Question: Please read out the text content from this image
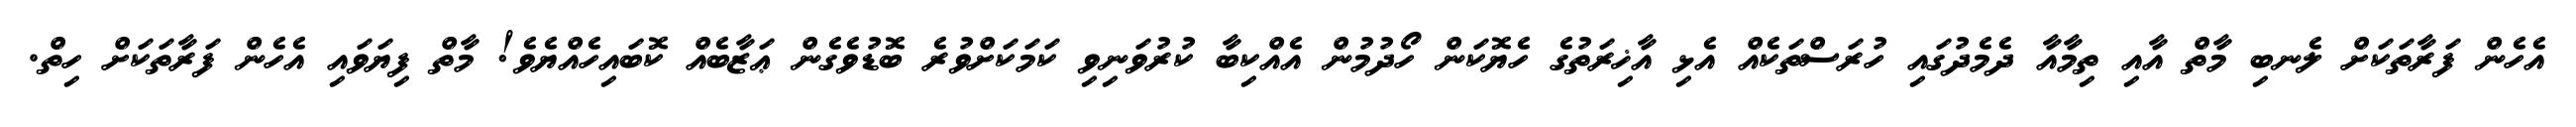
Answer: އެހެން ފަރާތަކަށް ލެނބި މާތް އާއި ތިމާއާ ދެމެދުގައި ހުރަސްތަކެއް އެޅި އާޚިރަތުގެ ހެޔޮކަން ހޯދުމުން އެއްކިބާ ކުރުވަނިވި ކަމަކަށްވުރެ ބޮޑުވެގެން ޢަޒާބެއް ކޮބައިހެއްޔެވެ! މާތް ފިޔަވައި އެހެން ފަރާތަކަށް ހިތް.